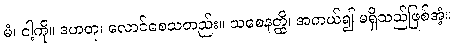
မံ၊ ငါ့ကို။ ဒဟတု၊ လောင်စေသတည်း။ သစေနတ္ထိ၊ အကယ်၍ မရှိသည်ဖြစ်အံ့။